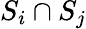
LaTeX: S_{i}\cap S_{j}